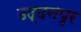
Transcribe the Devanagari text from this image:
उद्दनपृर